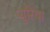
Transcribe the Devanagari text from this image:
प्युरिया